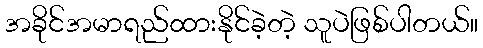
အခိုင်အမာရည်ထားနိုင်ခဲ့တဲ့ သူပဲဖြစ်ပါတယ်။